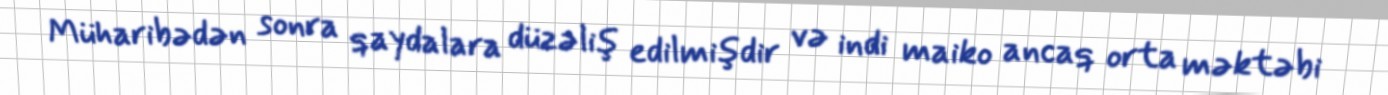
Müharibədən sonra qaydalara düzəliş edilmişdir və indi maiko ancaq orta məktəbi